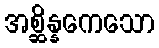
အစ္ဆိန္နကေသော